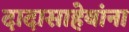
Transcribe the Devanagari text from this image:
दादासाहेबांना